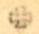
+